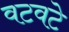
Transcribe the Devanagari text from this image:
वटवटे